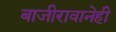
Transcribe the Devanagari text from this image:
बाजीरावानेही